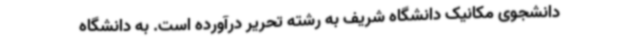
دانشجوی مکانیک دانشگاه شریف به رشته تحریر درآورده است. به دانشگاه